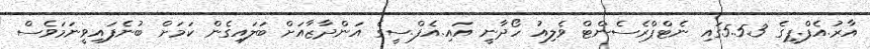
އާރު.އެފް.ޕީގެ 5.5.3ގައި ނެޓްޕްރެސެންޓް ވެލިއު ހޯދާނީ އައި.އެފް.ސީގެ އަންދާޒާއަށް ބަލައިގެން ކަމަށް ބުނެފައިވީނަމަވެސް